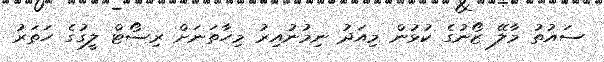
ސައުތު މާލޭ ޒޯނުގެ ކުޅުން މިއަދު ނިމުނުއިރު މިހާތަނަށް ރިސޯޓް ލީގުގެ ހަތަރު